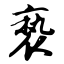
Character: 亵